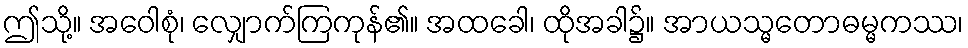
ဤသို့။ အဝေါစုံ၊ လျှောက်ကြကုန်၏။ အထခေါ၊ ထိုအခါ၌။ အာယသ္မတောဓမ္မကဿ၊